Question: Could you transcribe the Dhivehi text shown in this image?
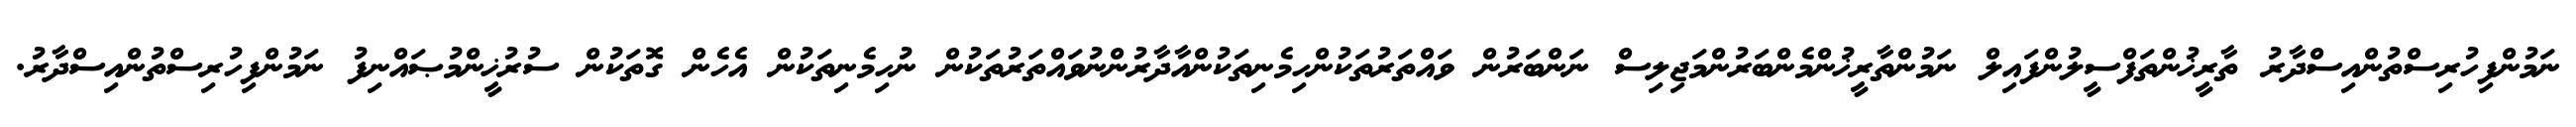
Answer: ނަމުންފިހުރިސްތުންއިސްދާރު ތާރީޚުންތަފްސީލުންފައިލް ނަމުންތާރީޚުންމެންބަރުންމަޖިލިސް ނަންބަރުން ވައްތަރުތަކުންހިމެނިތަކުންއާދާރުންނުވައްތަރުތަކުން ނުހިމެނިތަކުން އެހެން ގޮތަކުން ސުރުޚީންމުޞައްނިފު ނަމުންފިހުރިސްތުންއިސްދާރު.